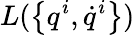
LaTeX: L(\left\{ q^{i},\dot{q}^{i}\right\} )